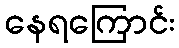
နေရကြောင်း